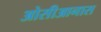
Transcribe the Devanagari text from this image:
ओसीआनास